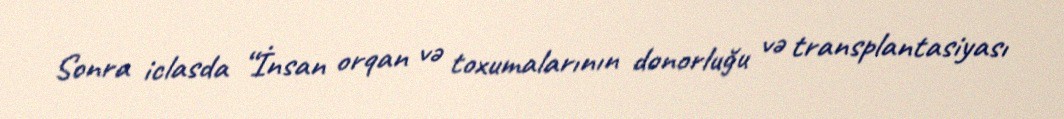
Sonra iclasda “İnsan orqan və toxumalarının donorluğu və transplantasiyası